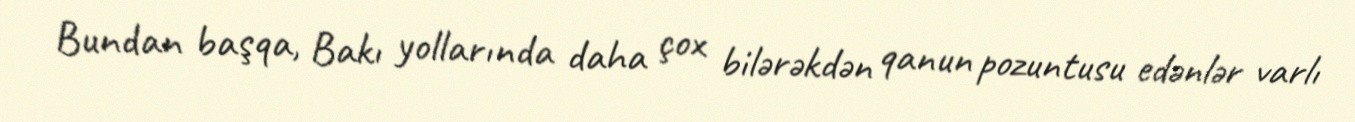
Bundan başqa, Bakı yollarında daha çox bilərəkdən qanun pozuntusu edənlər varlı